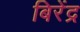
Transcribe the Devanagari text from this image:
बिरेंद्र